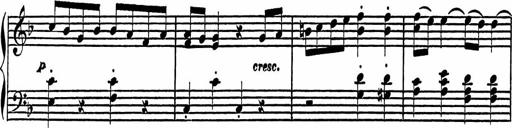
Title: 4 Piano Sonatinas
Composer: Adam Geibel